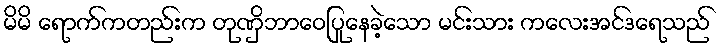
မိမိ ရောက်ကတည်းက တုဏှိဘာဝေပြုနေခဲ့သော မင်းသား ကလေးအင်ဒရေသည်